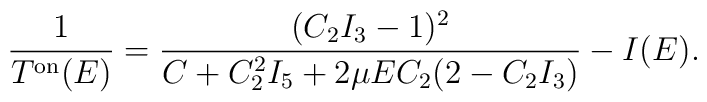
\frac{1}{T^{\rm on}(E)}=\frac{(C_2 I_3 -1)^2}{C + C_2^2 I_5 + 2 \mu E C_2 (2 -C_2 I_3)} - I(E).